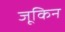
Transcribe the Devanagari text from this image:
जूकिन